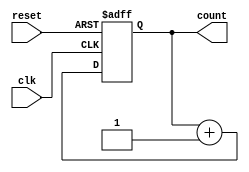
module binary_counter (
    input wire clk,
    input wire reset,
    output reg [3:0] count
);

always @(posedge clk or posedge reset) begin
    if (reset) begin
        count <= 0;
    end else begin
        count <= count + 1;
    end
end

endmodule